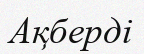
Ақберді